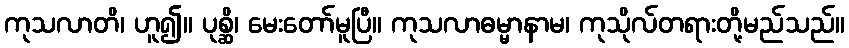
ကုသလာတိ၊ ဟူ၍။ ပုစ္ဆိ၊ မေးတော်မူပြီ။ ကုသလာဓမ္မာနာမ၊ ကုသိုလ်တရားတို့မည်သည်။